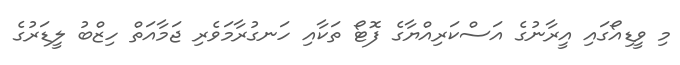
މި ވީޑިއޯގައި އީރާނުގެ އަސްކަރިއްޔާގެ ފޮޓޯ ތަކާއި ހަނގުރާމަވެރި ޖަމާއަތް ހިޒްބު ލީޑަރުގެ